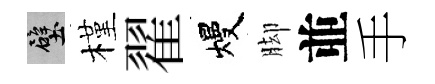
壁槿翟熳脚並手